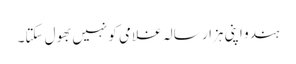
ہندو اپنی ہزار سالہ غلامی کو نہیں بھول سکتا۔